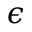
\epsilon